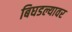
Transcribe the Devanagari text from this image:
बिघडल्यावर